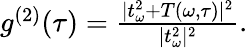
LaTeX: \begin{array}{r}{g^{(2)}(\tau)=\frac{|t_{\omega}^{2}+T(\omega,\tau)|^{2}}{|t_{\omega}^{2}|^{2}}.}\end{array}